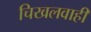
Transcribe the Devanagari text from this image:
चिखलवाही